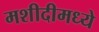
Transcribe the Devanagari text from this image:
मशीदीमध्ये